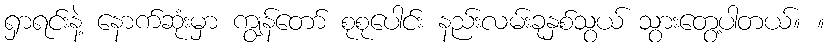
ရှာရင်းနဲ့ နောက်ဆုံးမှာ ကျွန်တော် စုစုပေါင်း နည်းလမ်းခုနှစ်သွယ် သွားတွေ့ပါတယ်။ ။